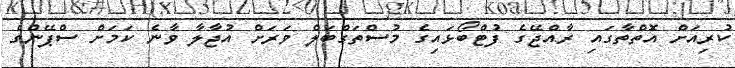
ކުރިއަށް އޮތްތާގައި ރާއްޖޭގެ ފުޓްބޯޅައިގެ މުސްތަގްބަލް ވަރަށް އުޖާލާ ވާނެ ކަމަށް ސްޕޭންގެ